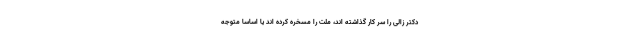
دکتر زالی را سر کار گذاشته اند، ملت را مسخره کرده اند یا اساسا متوجه